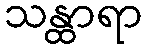
သန္ထာရာ